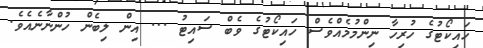
ހައިކޯޓުގެ ހުރިހާ ނިންމުމެއްވެސް ހައިކޯޓުގެ ވެބް ސައިޓު ... އިން ލިބެން ހުންނާނެއެވެ.